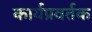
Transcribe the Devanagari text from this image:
कार्यप्रवर्तक